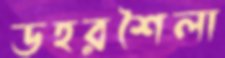
ডহরশৈলা